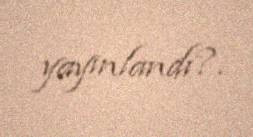
yayınlandı?.